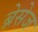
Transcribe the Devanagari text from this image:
ब्रेसेज